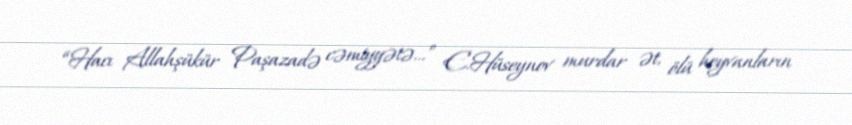
“Hacı Allahşükür Paşazadə cəmiyyətə...” E.Hüseynov murdar ət, ölü heyvanların